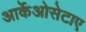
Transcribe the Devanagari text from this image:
आर्केओसेटाए